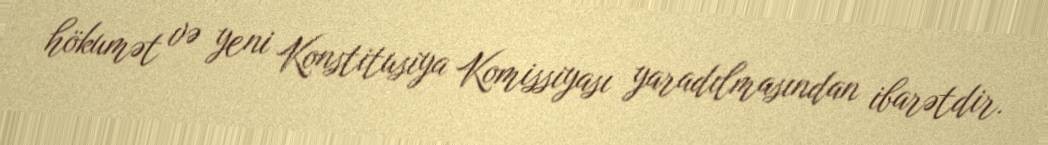
hökumət və yeni Konstitusiya Komissiyası yaradılmasından ibarətdir.